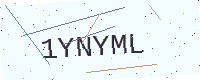
Text: 1YNYML